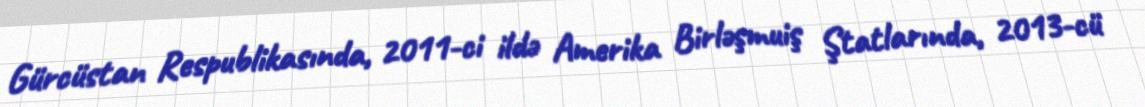
Gürcüstan Respublikasında, 2011-ci ildə Amerika Birləşmuiş Ştatlarında, 2013-cü